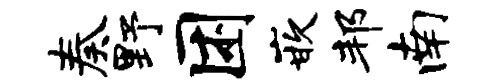
奏野困嵌邦南